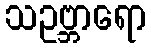
သဥဗ္ဘာရော